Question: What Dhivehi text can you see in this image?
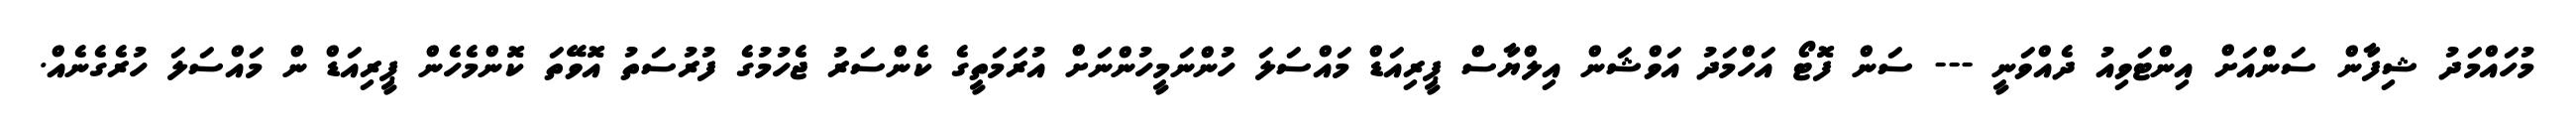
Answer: މުހައްމަދު ޝިފާން ސަންއަށް އިންޓަވިއު ދެއްވަނީ --- ސަން ފޮޓޯ އަހްމަދު އަވްޝަން އިލްޔާސް ޕީރިއަޑް މައްސަލަ ހުންނަމީހުންނަށް އުރަމަތީގެ ކެންސަރު ޖެހުމުގެ ފުރުސަތު އޮވޭތަ ކޮންމެހެން ޕީރިއަޑް ން މައްސަލަ ހުރެގެނެއް.